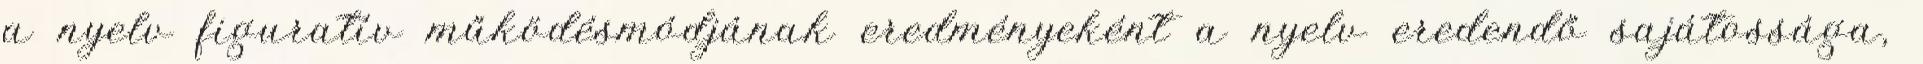
a nyelv figuratív működésmódjának eredményeként a nyelv eredendő sajátossága,